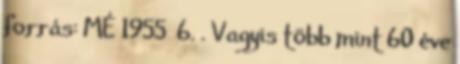
forrás: MÉ 1955 6. . Vagyis több mint 60 éve